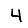
Digit: 4